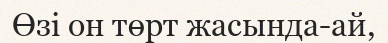
Өзі он төрт жасында-ай,